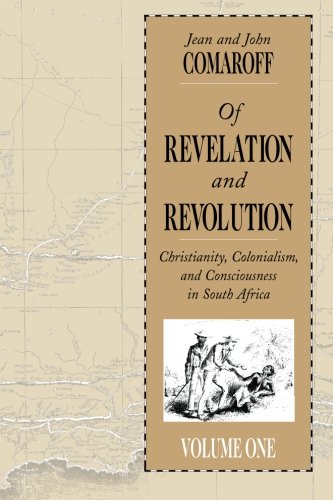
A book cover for Of Revelation and Revolution, Volume 1: Christianity, Colonialism, and Consciousness in South Africa; John L. Comaroff; History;